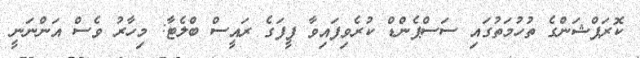
ކޮރަޕްޝަންގެ ތުހުމަތުގައި ސަސްޕެންޑް ކުރެވިފައިވާ ފީފަގެ ރައީސް ބްލެޓާ: މިހާރު ވެސް އަންނަނީ